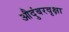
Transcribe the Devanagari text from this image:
औदुंबरवृक्षा